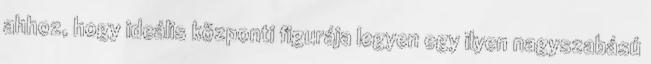
ahhoz, hogy ideális központi figurája legyen egy ilyen nagyszabású